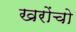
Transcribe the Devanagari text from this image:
खरोंचो